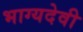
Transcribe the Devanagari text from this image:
भाग्यदेवी